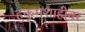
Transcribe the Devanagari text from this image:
हुकुमशाहीवर